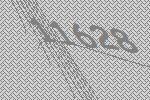
11628